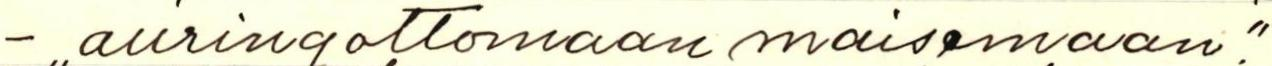
- ,,auringottomaan maisemaan."